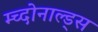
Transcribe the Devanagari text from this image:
म्च्दोनाल्ड्स